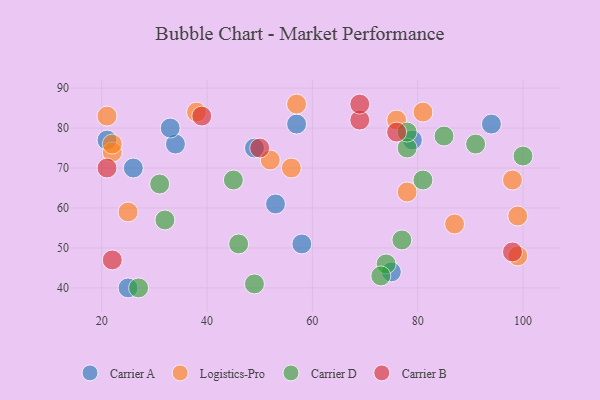
{"axis": {"x": "GDP", "y": "Life Expectancy"}, "legend": ["Carrier A", "Carrier B", "Carrier D", "Logistics-Pro"], "data": [{"x": "79", "y": 77, "type": "Carrier A"}, {"x": "58", "y": 51, "type": "Carrier A"}, {"x": "49", "y": 75, "type": "Carrier A"}, {"x": "26", "y": 70, "type": "Carrier A"}, {"x": "34", "y": 76, "type": "Carrier A"}, {"x": "94", "y": 81, "type": "Carrier A"}, {"x": "53", "y": 61, "type": "Carrier A"}, {"x": "75", "y": 44, "type": "Carrier A"}, {"x": "57", "y": 81, "type": "Carrier A"}, {"x": "25", "y": 40, "type": "Carrier A"}, {"x": "21", "y": 77, "type": "Carrier A"}, {"x": "33", "y": 80, "type": "Carrier A"}, {"x": "21", "y": 83, "type": "Logistics-Pro"}, {"x": "99", "y": 48, "type": "Logistics-Pro"}, {"x": "76", "y": 82, "type": "Logistics-Pro"}, {"x": "81", "y": 84, "type": "Logistics-Pro"}, {"x": "25", "y": 59, "type": "Logistics-Pro"}, {"x": "22", "y": 74, "type": "Logistics-Pro"}, {"x": "87", "y": 56, "type": "Logistics-Pro"}, {"x": "98", "y": 67, "type": "Logistics-Pro"}, {"x": "38", "y": 84, "type": "Logistics-Pro"}, {"x": "22", "y": 76, "type": "Logistics-Pro"}, {"x": "99", "y": 58, "type": "Logistics-Pro"}, {"x": "78", "y": 64, "type": "Logistics-Pro"}, {"x": "57", "y": 86, "type": "Logistics-Pro"}, {"x": "52", "y": 72, "type": "Logistics-Pro"}, {"x": "56", "y": 70, "type": "Logistics-Pro"}, {"x": "49", "y": 41, "type": "Carrier D"}, {"x": "78", "y": 75, "type": "Carrier D"}, {"x": "46", "y": 51, "type": "Carrier D"}, {"x": "31", "y": 66, "type": "Carrier D"}, {"x": "74", "y": 46, "type": "Carrier D"}, {"x": "77", "y": 52, "type": "Carrier D"}, {"x": "81", "y": 67, "type": "Carrier D"}, {"x": "78", "y": 79, "type": "Carrier D"}, {"x": "45", "y": 67, "type": "Carrier D"}, {"x": "27", "y": 40, "type": "Carrier D"}, {"x": "100", "y": 73, "type": "Carrier D"}, {"x": "91", "y": 76, "type": "Carrier D"}, {"x": "73", "y": 43, "type": "Carrier D"}, {"x": "32", "y": 57, "type": "Carrier D"}, {"x": "85", "y": 78, "type": "Carrier D"}, {"x": "50", "y": 75, "type": "Carrier B"}, {"x": "69", "y": 82, "type": "Carrier B"}, {"x": "98", "y": 49, "type": "Carrier B"}, {"x": "22", "y": 47, "type": "Carrier B"}, {"x": "76", "y": 79, "type": "Carrier B"}, {"x": "69", "y": 86, "type": "Carrier B"}, {"x": "21", "y": 70, "type": "Carrier B"}, {"x": "39", "y": 83, "type": "Carrier B"}]}